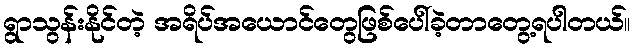
ရွာသွန်းနိုင်တဲ့ အရိပ်အယောင်တွေဖြစ်ပေါ်ခဲ့တာတွေ့ရပါတယ်။